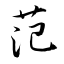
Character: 范